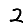
Digit: 2